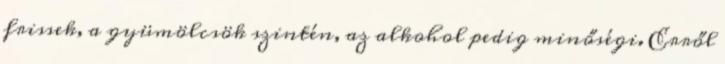
frissek, a gyümölcsök szintén, az alkohol pedig minőségi. Erről